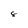
Character: 8